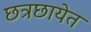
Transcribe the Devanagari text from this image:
छत्रछायेत